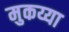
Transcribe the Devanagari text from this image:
मुकय्या